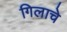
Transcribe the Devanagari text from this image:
गिलाचे